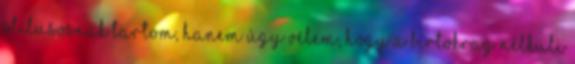
stílusosnak tartom, hanem úgy vélem, hogy a birtokrag nélküli